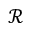
\mathcal { R }